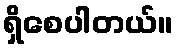
ရှိစေပါတယ်။